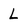
Character: L